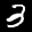
Label: 3